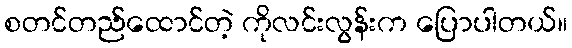
စတင်တည်ထောင်တဲ့ ကိုလင်းလွန်းက ပြောပါတယ်။